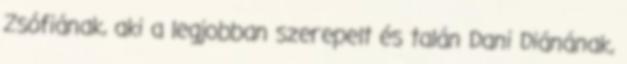
Zsófiának, aki a legjobban szerepelt és talán Dani Diánának,